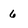
Character: 6